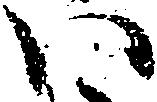
い